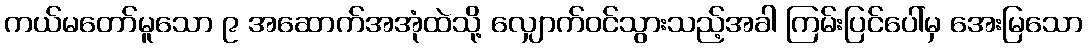
ကယ်မတော်မူသော ၉ အဆောက်အအုံထဲသို့ လျှောက်ဝင်သွားသည့်အခါ ကြမ်းပြင်ပေါ်မှ အေးမြသော